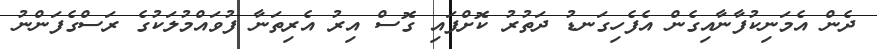
ދެން އެމަނިކުފާނާއިގެން އެފެހިގަނޑު ދަތުރު ކޮށްފައި ގޮސް އިރު އެރިތަނާ ފުވައްމުލަކުގެ ރަސްގެފަންނު